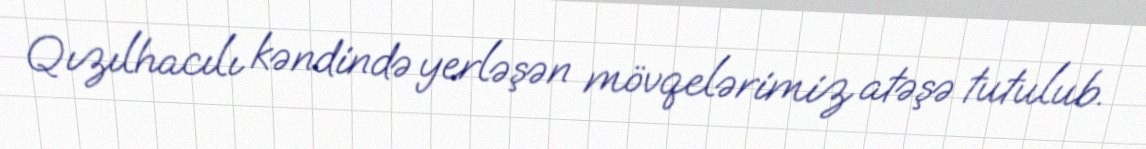
Qızılhacılı kəndində yerləşən mövqelərimiz atəşə tutulub.